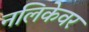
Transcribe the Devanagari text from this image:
नलिकेवर